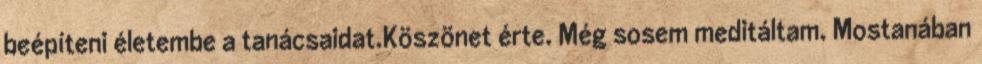
beépíteni életembe a tanácsaidat.Köszönet érte. Még sosem meditáltam. Mostanában